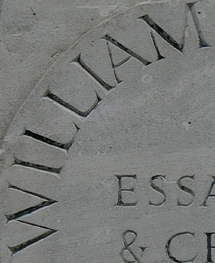
WILLIAM